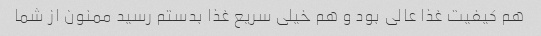
هم کیفیت غذا عالی بود و هم خیلی سریع غذا بدستم رسید ممنون از شما